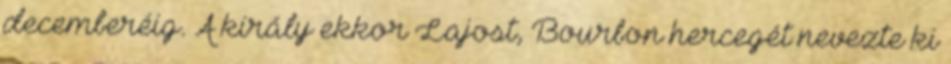
decemberéig. A király ekkor Lajost, Bourbon hercegét nevezte ki